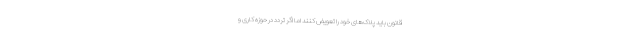
قانون باید پلاک‌های خود را تعویض کنند اما اگر تردد در حوزه کاری و